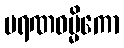
မရဏဓမ္မိကော